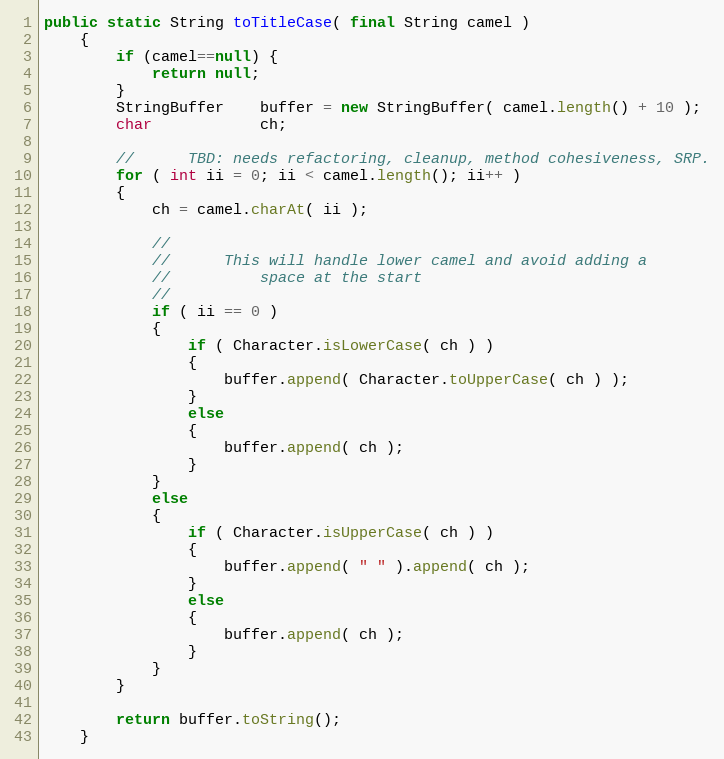
Language: Java
public static String toTitleCase( final String camel )
    {
        if (camel==null) {
            return null;
        }
        StringBuffer    buffer = new StringBuffer( camel.length() + 10 );
        char            ch;

        //      TBD: needs refactoring, cleanup, method cohesiveness, SRP.
        for ( int ii = 0; ii < camel.length(); ii++ )
        {
            ch = camel.charAt( ii );

            //
            //      This will handle lower camel and avoid adding a
            //          space at the start
            //
            if ( ii == 0 )
            {
                if ( Character.isLowerCase( ch ) )
                {
                    buffer.append( Character.toUpperCase( ch ) );
                }
                else
                {
                    buffer.append( ch );
                }
            }
            else
            {
                if ( Character.isUpperCase( ch ) )
                {
                    buffer.append( " " ).append( ch );
                }
                else
                {
                    buffer.append( ch );
                }
            }
        }

        return buffer.toString();
    }